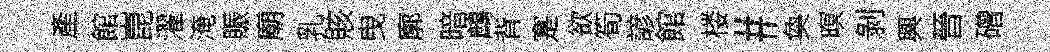
產館崑濯淹賑廟乳賅曳廓暗鷓背寔欲筍諺館楼#奐暝剝興晉磳